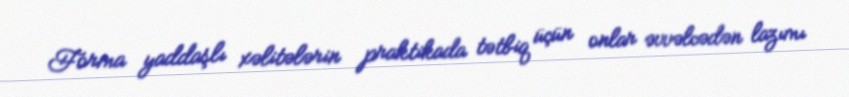
Forma yaddaşlı xəlitələrin praktikada tətbiq üçün onlar əvvəlcədən lazımı